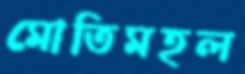
মোতিমহল